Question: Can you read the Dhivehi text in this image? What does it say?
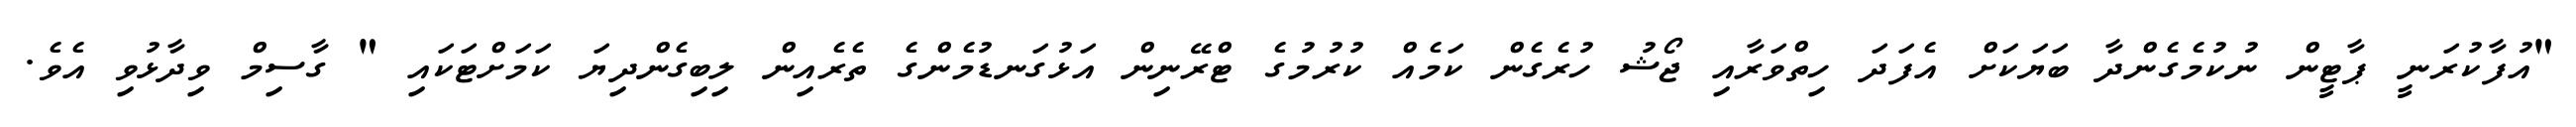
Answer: "އުފާކުރަނީ ޕާޓީން ނުކުމެގެންދާ ބަޔަކަށް އެފަދަ ހިތްވަރާއި ޖޯޝު ހުރެގެން ކަމެއް ކުރުމުގެ ޓްރޭނިން އަޅުގަނޑުމެންގެ ތެރެއިން ލިބިގެންދިޔަ ކަމަށްޓަކައި " ގާސިމް ވިދާޅުވި އެވެ.